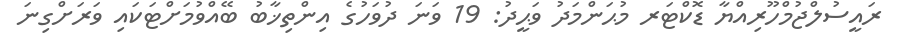
ރައީސުލްޖުމްހޫރިއްޔާ ޑޮކްޓަރ މުޙަންމަދު ވަޙީދު: 19 ވަނަ ދުވަހުގެ އިންތިޚާބު ބޭއްވުމަށްޓަކައި ވަރަށްގިނަ